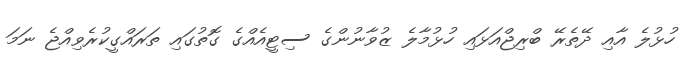
ހުޅުލެ އާއި ދޭތެރޭ ބްރިޖްއަޅައި ހުޅުމާލެ ޒުވާނުންގެ ސިޓީއެއްގެ ގޮތުގައި ތަރައްގީކުރެވިއްޖެ ނަމަ